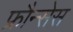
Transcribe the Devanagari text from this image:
फ्रौन्सेस